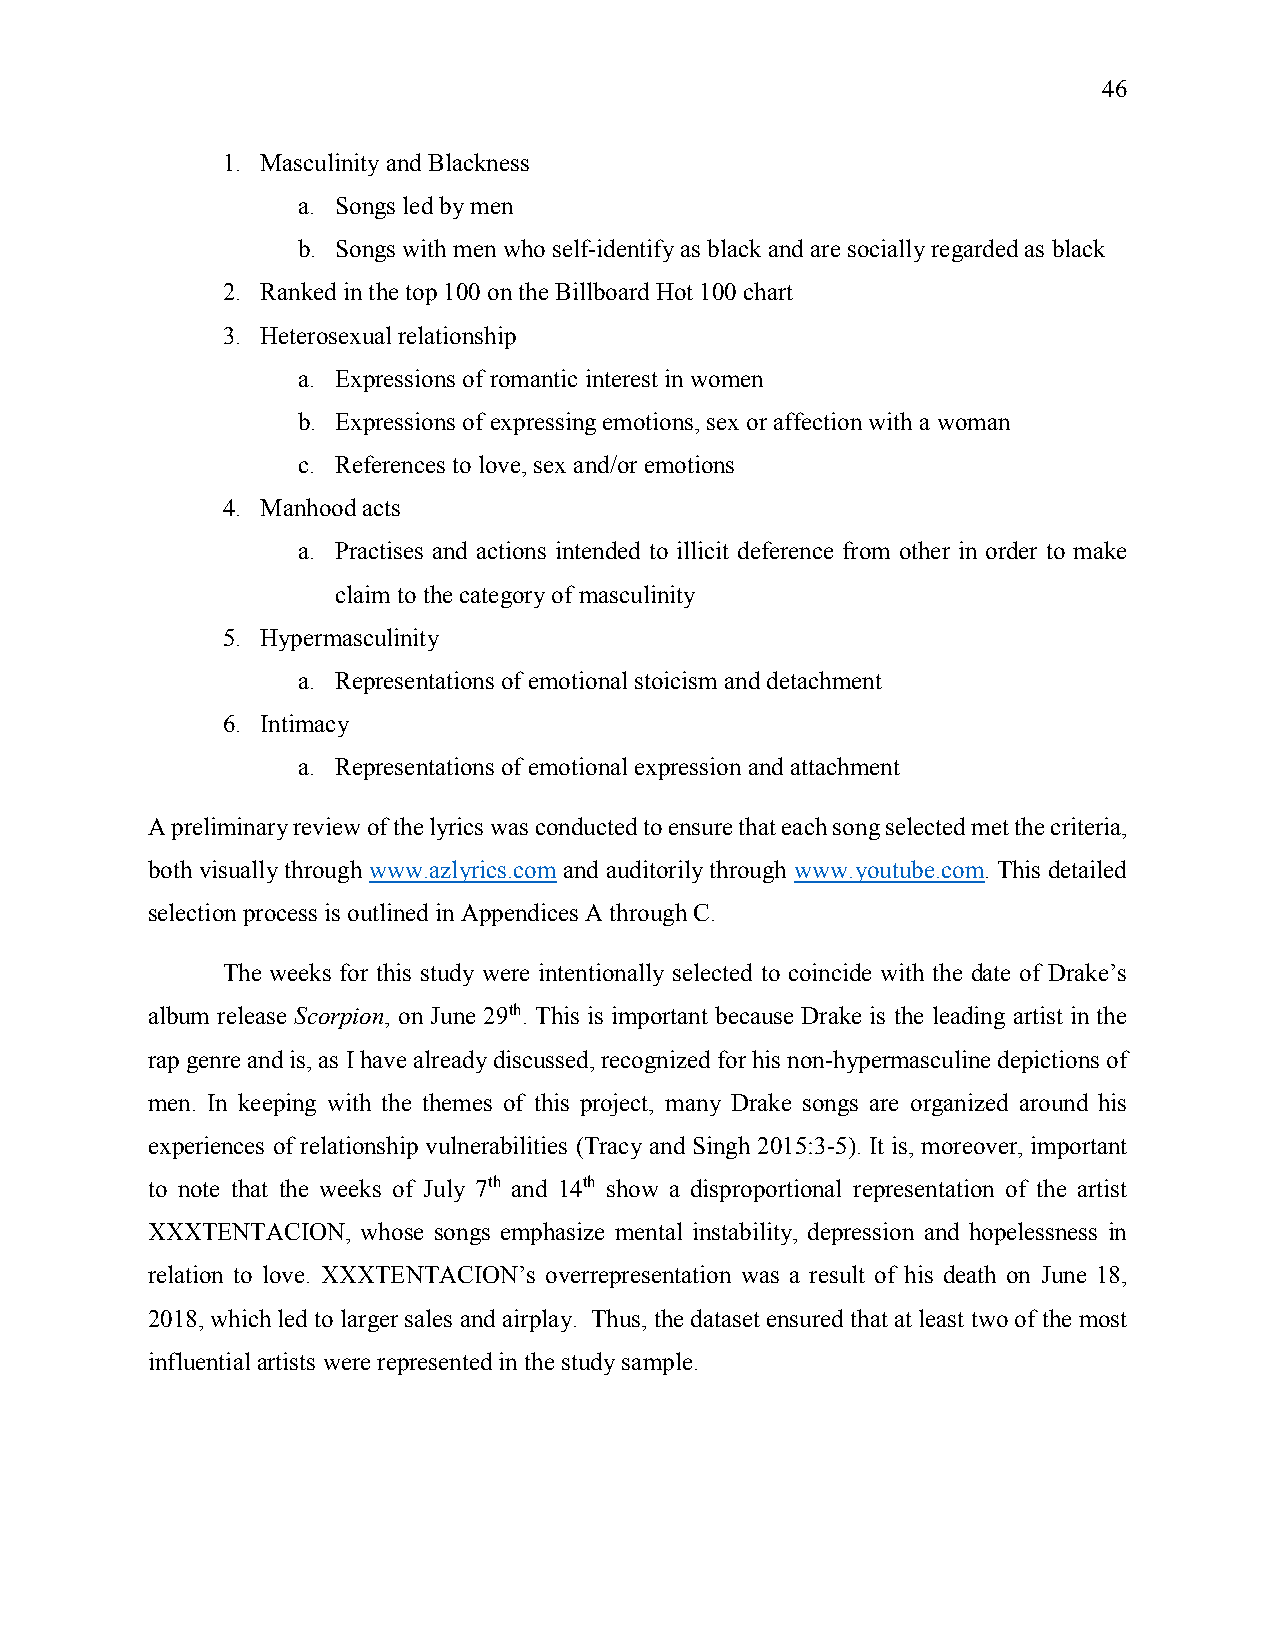
46
 1. Masculinity and Blackness
 a. Songs led by men
 b. Songs with men who self-identify as black and are socially regarded as black
 2. Ranked in the top 100 on the Billboard Hot 100 chart
 3. Heterosexual relationship
 a. Expressions of romantic interest in women
 b. Expressions of expressing emotions, sex or affection with a woman
 c. References to love, sex and/or emotions
 4. Manhood acts
 a. Practises and actions intended to illicit deference from other in order to make
 claim to the category of masculinity
 5. Hypermasculinity
 a. Representations of emotional stoicism and detachment
 6. Intimacy
 a. Representations of emotional expression and attachment
 A preliminary review of the lyrics was conducted to ensure that each song selected met the criteria,
 both visually through www.azlyrics.com and auditorily through www.youtube.com. This detailed
 selection process is outlined in Appendices A through C.
 The weeks for this study were intentionally selected to coincide with the date of Drake’s
 album release Scorpion, on June 29th. This is important because Drake is the leading artist in the
 rap genre and is, as I have already discussed, recognized for his non-hypermasculine depictions of
 men. In keeping with the themes of this project, many Drake songs are organized around his
 experiences of relationship vulnerabilities (Tracy and Singh 2015:3-5). It is, moreover, important
 to note that the weeks of July 7th and 14th show a disproportional representation of the artist
 XXXTENTACION, whose songs emphasize mental instability, depression and hopelessness in
 relation to love. XXXTENTACION’s overrepresentation was a result of his death on June 18,
 2018, which led to larger sales and airplay. Thus, the dataset ensured that at least two of the most
 influential artists were represented in the study sample.